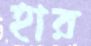
হার